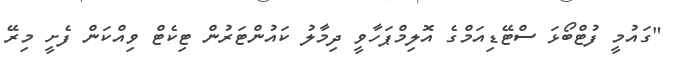
"ގައުމީ ފުޓްބޯޅަ ސްޓޭޑިއަމްގެ އޮލިމްޕަހާވީ ދިމާލު ކައުންޓަރުން ޓިކެޓް ވިއްކަން ފެށީ މިރޭ